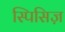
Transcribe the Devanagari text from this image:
स्पिसिज़